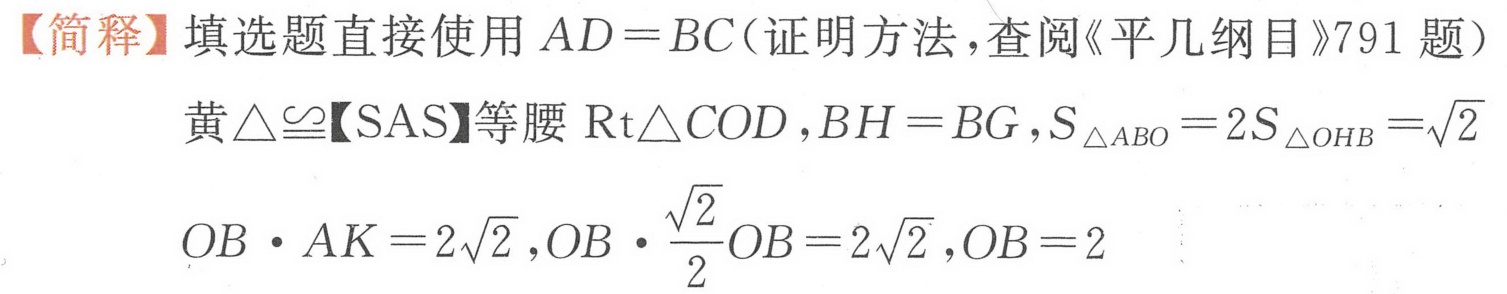
【简释】填选题直接使用\(AD = BC\)（证明方法，查阅《平几纲目》791题）
黄\(\triangle\cong\)【SAS】等腰\(\text{Rt}\triangle COD\)，\(BH = BG\)，\(S_{\triangle ABO}=2S_{\triangle OHB}=\sqrt{2}\)
\(OB\cdot AK = 2\sqrt{2}\)，\(OB\cdot\frac{\sqrt{2}}{2}OB = 2\sqrt{2}\)，\(OB = 2\)